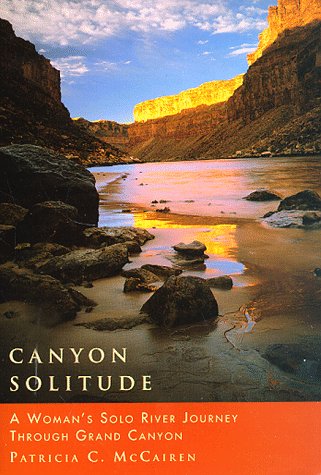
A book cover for Canyon Solitude: A Woman's Solo River Journey Through the Grand Canyon (Adventura Books); Patricia McCairen; Sports & Outdoors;